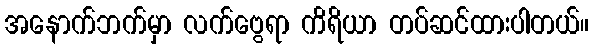
အနောက်ဘက်မှာ လက်ဗွေရာ ကိရိယာ တပ်ဆင်ထားပါတယ်။